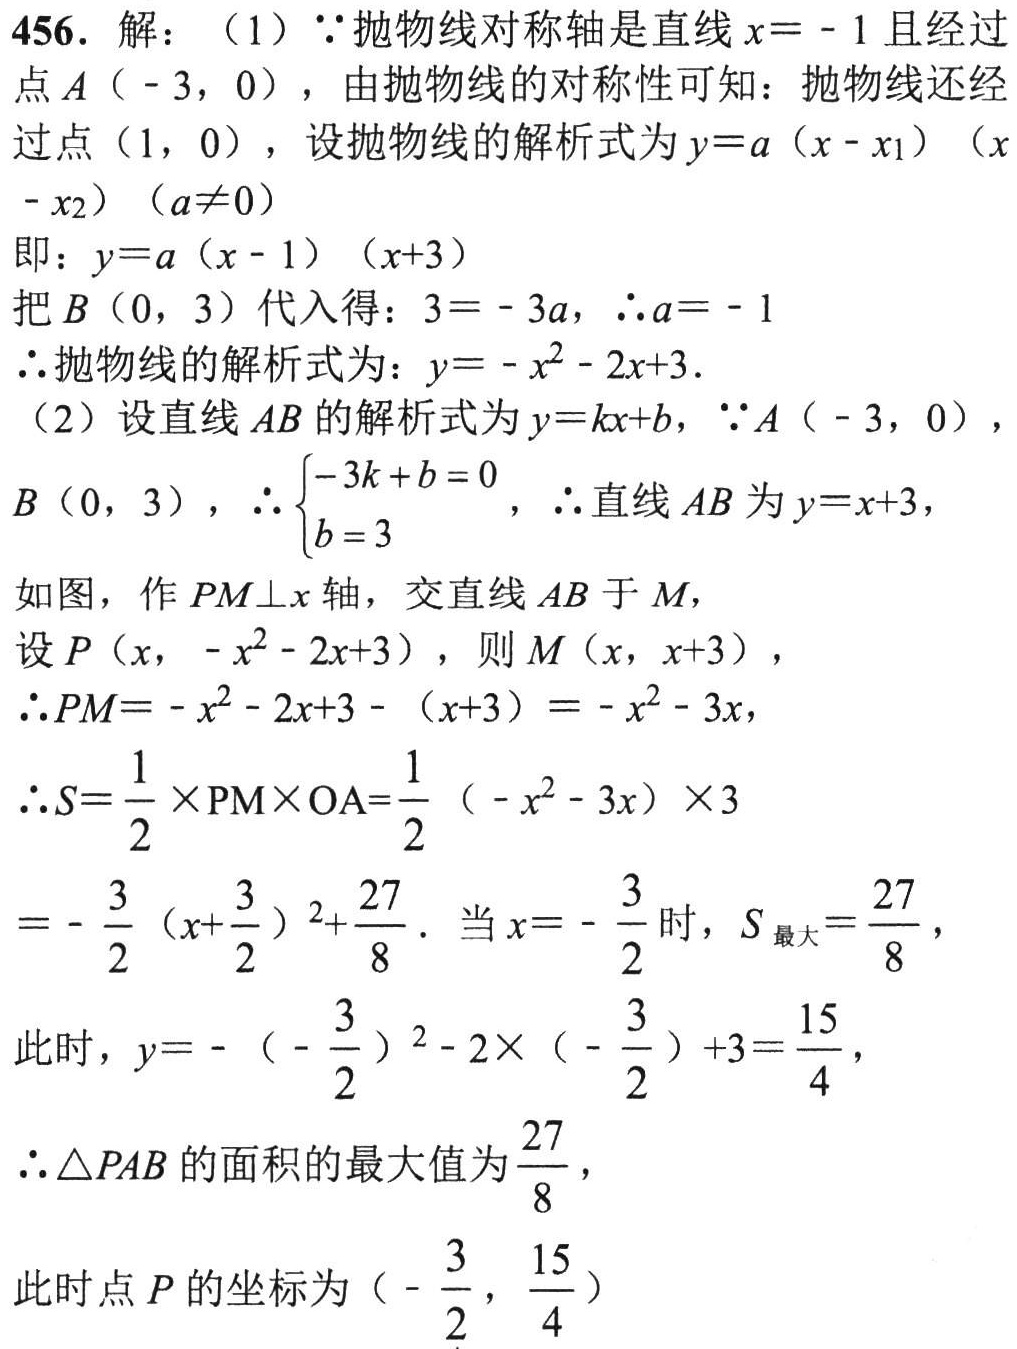
456. 解：（1）\(\because\)抛物线对称轴是直线\(x = - 1\)且经过
点\(A(-3,0)\)，由抛物线的对称性可知：抛物线还经
过点\((1,0)\)，设抛物线的解析式为\(y = a(x - x_{1})(x - x_{2})(a\neq0)\)
即：\(y = a(x - 1)(x + 3)\)
把\(B(0,3)\)代入得：\(3=-3a\)，\(\therefore a = - 1\)
\(\therefore\)抛物线的解析式为：\(y=-x^{2}-2x + 3\).
（2）设直线\(AB\)的解析式为\(y = kx + b\)，\(\because A(-3,0)\)，
\(B(0,3)\)，\(\therefore\begin{cases}-3k + b = 0\\b = 3\end{cases}\)，\(\therefore\)直线\(AB\)为\(y = x + 3\)，
如图，作\(PM\perp x\)轴，交直线\(AB\)于\(M\)，
设\(P(x,-x^{2}-2x + 3)\)，则\(M(x,x + 3)\)，
\(\therefore PM=-x^{2}-2x + 3-(x + 3)=-x^{2}-3x\)，
\(\therefore S=\frac{1}{2}\times PM\times OA=\frac{1}{2}(-x^{2}-3x)\times3\)
\(=-\frac{3}{2}(x+\frac{3}{2})^{2}+\frac{27}{8}\). 当\(x = -\frac{3}{2}\)时，\(S_{最大}=\frac{27}{8}\)，
此时，\(y=-(-\frac{3}{2})^{2}-2\times(-\frac{3}{2})+3=\frac{15}{4}\)，
\(\therefore\triangle PAB\)的面积的最大值为\(\frac{27}{8}\)，
此时点\(P\)的坐标为\((-\frac{3}{2},\frac{15}{4})\)